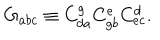
G _ { a b c } \equiv C _ { d a } ^ { g } C _ { g b } ^ { e } C _ { e c } ^ { d } .